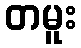
တမူး